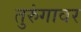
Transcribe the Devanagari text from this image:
तुरुंगावर